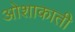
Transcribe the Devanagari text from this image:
ओशाकाती